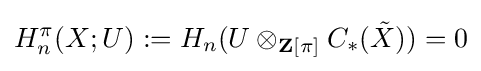
H_{n}^{\pi }(X;U):=H_{n}(U\otimes _{\mathbf {Z} [\pi ]}C_{*}({\tilde {X}}))=0